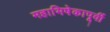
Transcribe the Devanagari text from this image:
महाभिषेकापूर्वी